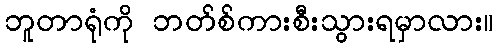
ဘူတာရုံကို ဘတ်စ်ကားစီးသွားရမှာလား။